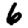
Digit: 6